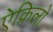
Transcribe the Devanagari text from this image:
ऐक्रिलो